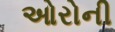
ઓરોની